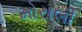
મોસબી